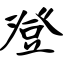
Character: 登